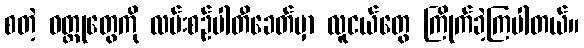
စတဲ့ ဝတ္ထုတွေကို လမ်းစဉ်ပါတီခေတ်မှာ လူငယ်တွေ ကြိုက်ခဲ့ကြပါတယ်။